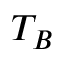
T _ { B }